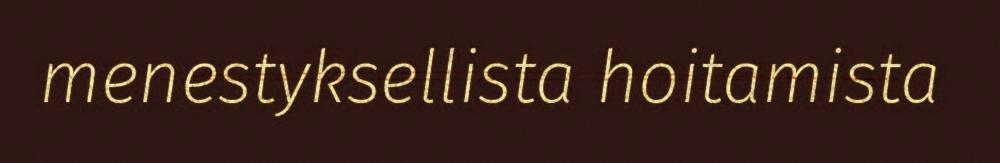
menestyksellista hoitamista